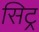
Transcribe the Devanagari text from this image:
सिट्र